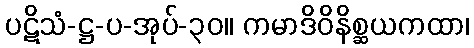
ပဋိသံ-ဋ္ဌ-ပ-အုပ်-၃၀။ ကမာဒိဝိနိစ္ဆယကထာ၊